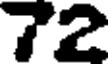
72